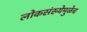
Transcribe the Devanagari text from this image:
लोकसंख्येमुळेच